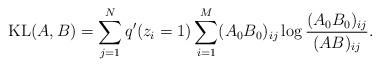
LaTeX: \begin{align*}\mathrm{KL}(A,B)&=\sum_{j=1}^N q'(z_i=1) \sum_{i=1}^M (A_0B_0)_{ij} \log \frac{(A_0B_0)_{ij}}{(AB)_{ij}}.\end{align*}